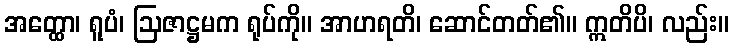
အတ္ထော၊ ရူပံ၊ ဩဇာဋ္ဌမက ရုပ်ကို။ အာဟရတိ၊ ဆောင်တတ်၏။ ဣတိပိ၊ လည်း။